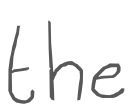
Text: the
Cross-out: clean
Writing tool: digital_gray